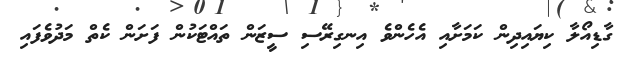
ގާޑިއޯލާ ކިޔައިދިން ކަމަށާއި އެހެންވެ އިނގިރޭސި ސީޒަން ތައްޓަކުން ފަށަން ކެތް މަދުވެފައި